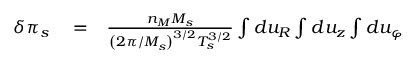
\begin{array} { r l r } { \delta \pi _ { s } } & { { } = } & { \frac { n _ { M } M _ { s } } { \left( 2 \pi / M _ { s } \right) ^ { 3 / 2 } T _ { s } ^ { 3 / 2 } } \int d u _ { R } \int d u _ { z } \int d u _ { \varphi } } \end{array}